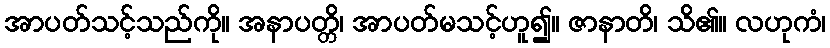
အာပတ်သင့်သည်ကို။ အနာပတ္တိ၊ အာပတ်မသင့်ဟူ၍။ ဇာနာတိ၊ သိ၏။ လဟုကံ၊